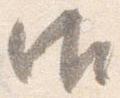
御